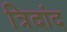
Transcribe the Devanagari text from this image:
त्रिदांद